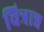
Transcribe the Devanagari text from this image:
चित्रान्न